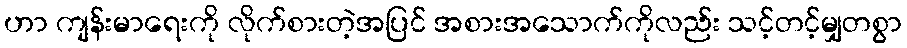
ဟာ ကျန်းမာရေးကို လိုက်စားတဲ့အပြင် အစားအသောက်ကိုလည်း သင့်တင့်မျှတစွာ